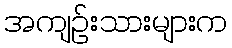
အကျဉ်းသားများက